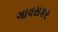
ગાવસકર